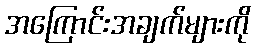
အကြောင်းအချက်များကို